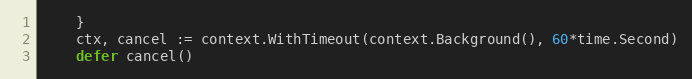
Language: Go
	}
	ctx, cancel := context.WithTimeout(context.Background(), 60*time.Second)
	defer cancel()